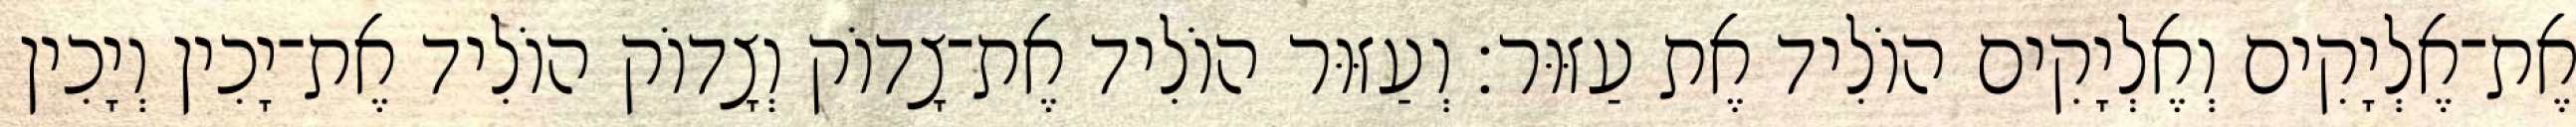
אֶת־אֶלְיָקִים וְאֶלְיָקִים הוֹלִיד אֶת עַזּוּר׃ וְעַזּוּר הוֹלִיד אֶת־צָדוֹק וְצָדוֹק הוֹלִיד אֶת־יָכִין וְיָכִין